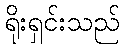
ရိုးရှင်းသည်